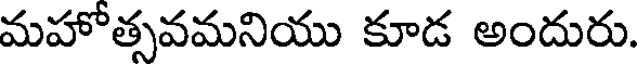
మహోత్సవమనియు కూడ అందురు.